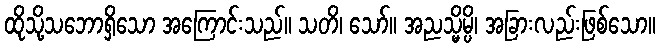
ထိုသို့သဘောရှိသော အကြောင်းသည်။ သတိ၊ သော်။ အညသ္မိမ္ပိ၊ အခြားလည်းဖြစ်သော။